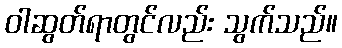
ဝါဆွတ်ရာတွင်လည်း သွက်သည်။